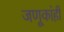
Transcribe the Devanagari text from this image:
जणूकांही